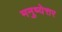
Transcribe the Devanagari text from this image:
मनुष्येत्तर